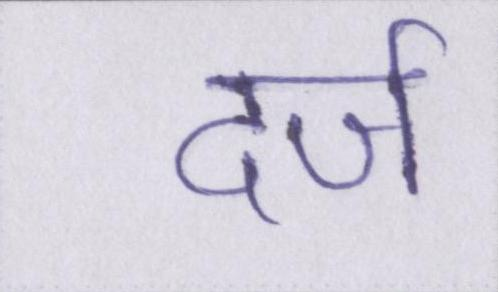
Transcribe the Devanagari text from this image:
दर्ज